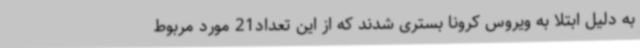
به دلیل ابتلا به ویروس کرونا بستری شدند که از این تعداد21 مورد مربوط